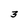
Character: 3